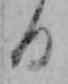
る